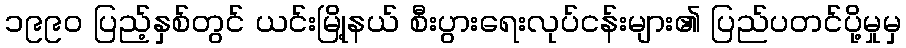
၁၉၉၀ ပြည့်နှစ်တွင် ယင်းမြို့နယ် စီးပွားရေးလုပ်ငန်းများ၏ ပြည်ပတင်ပို့မှုမှ